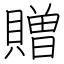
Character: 贈